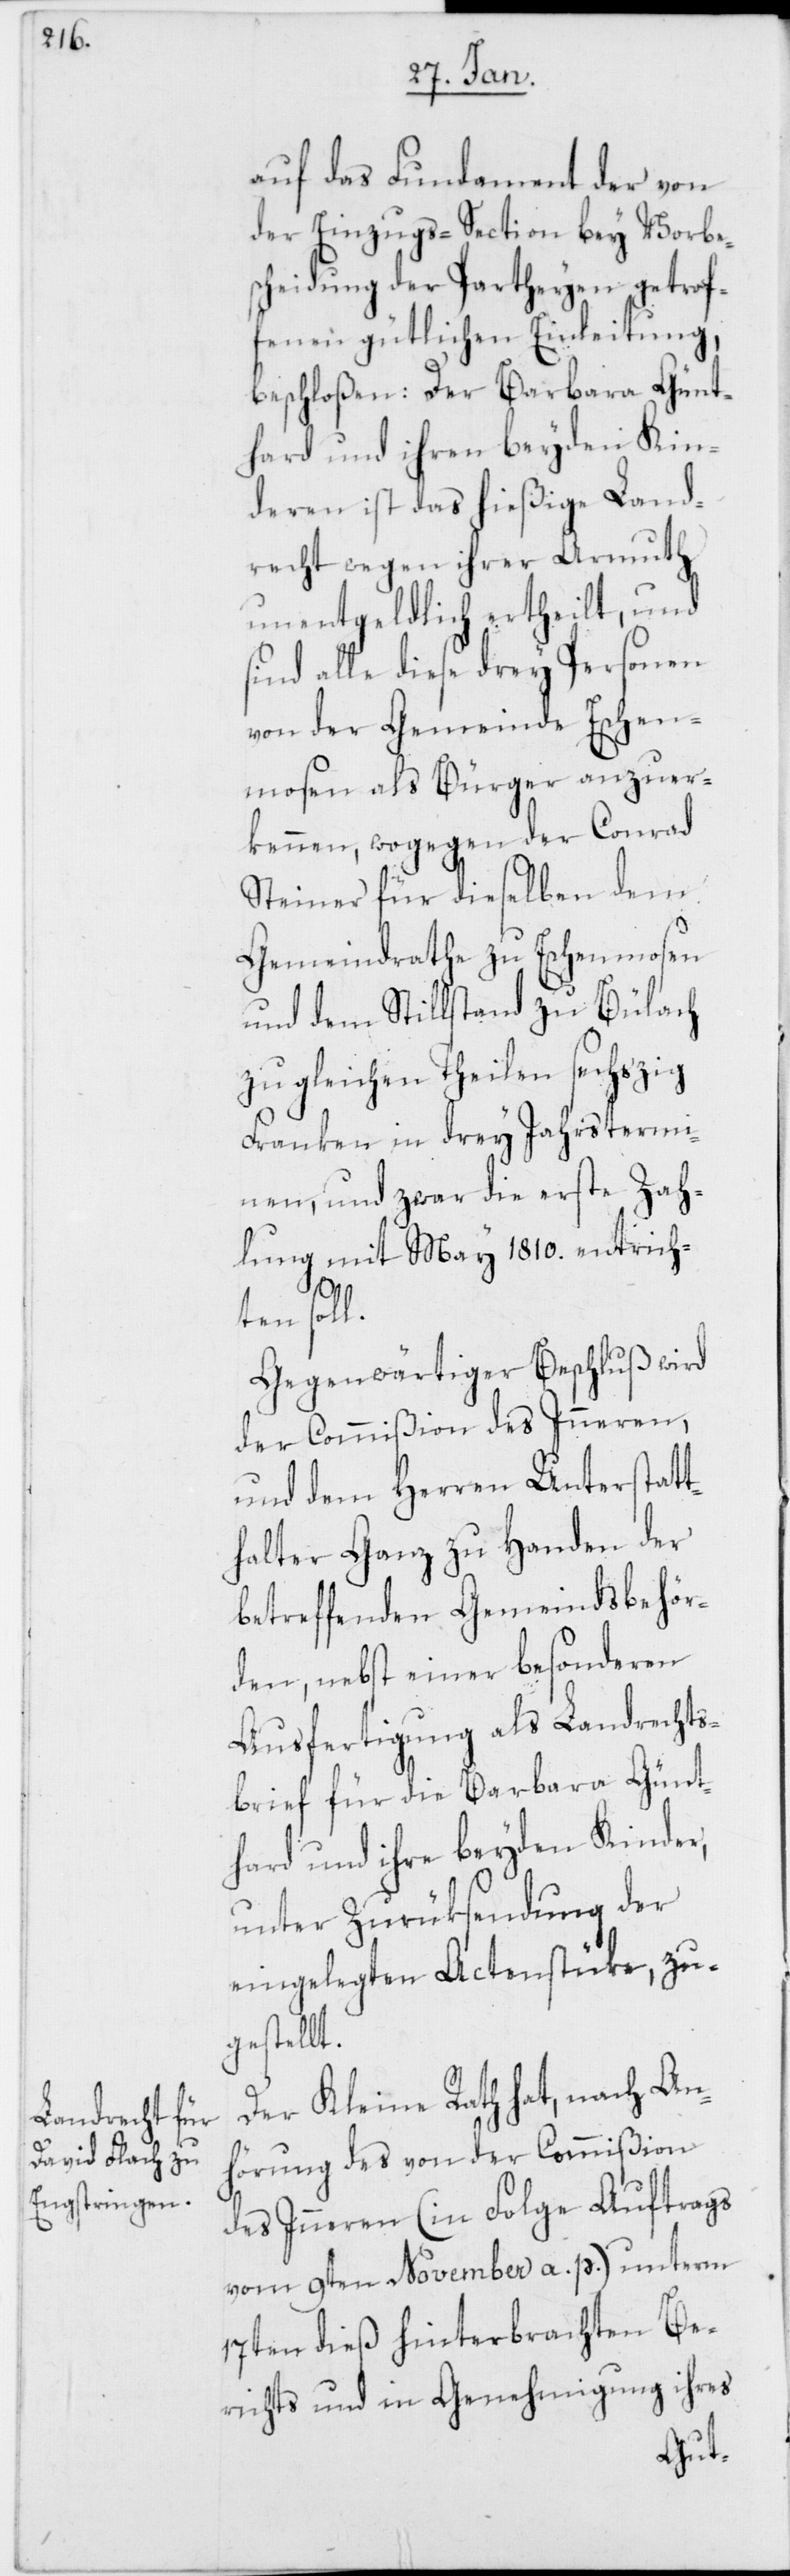
auf das Fundament der von
der Einzugs-Section bey Vorbe¬
scheidung der Partheyen getrof¬
fenen gütlichen Einleitung,
beschloßen: Der Barbara Günt¬
hard und ihren beyden Kin¬
deren ist das hießige Land¬
recht wegen ihrer Armuth
unentgeldlich ertheilt, und
sind alle diese drey Personen
von der Gemeinde Eschen¬
mosen als Bürger anzuer¬
kennen, wogegen der Conrad
Steiner für dieselben dem
Gemeindrathe zu Eschenmosen
und dem Stillstand zu Bülach
zu gleichen Theilen sechzig
Franken in drey Jahrstermi¬
nen, und zwar die erste Zah¬
lung mit May 1810. entricht¬
en soll.
Gegenwärtiger Beschluß wird
der Commißion des Inneren,
und dem Herren Unterstatt¬
halter Ganz zu Handen der
betreffenden Gemeindsbehör¬
den, nebst einer besonderen
Ausfertigung als Landrechts¬
brief für die Barbara Günt¬
hard und ihre beyden Kinder,
unter Zurüksendung der
eingelegten Actenstücke, zu¬
gestellt.
Der Kleine Rath hat, nach An¬
hörung des von der Commißion
des Inneren (in Folge Auftrags
vom 9ten November a. p.) unterm
17ten dieß hinterbrachten Be¬
richts und in Genehmigung ihres